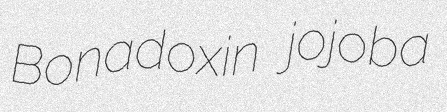
Bonadoxin jojoba